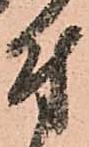
付